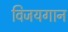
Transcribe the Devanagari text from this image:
विजयगान